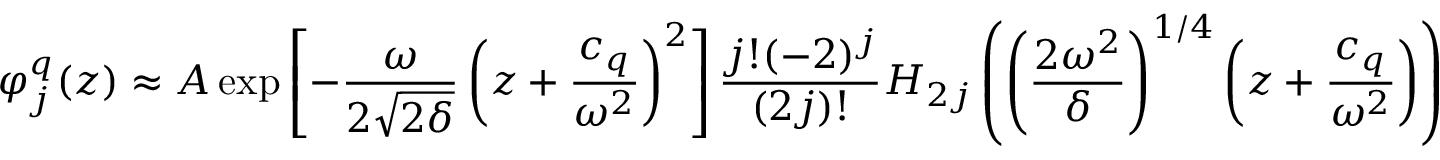
\varphi _ { j } ^ { q } ( z ) \approx A \exp \left[ - \frac { \omega } { 2 \sqrt { 2 \delta } } \left( z + \frac { c _ { q } } { \omega ^ { 2 } } \right) ^ { 2 } \right] \frac { j ! ( - 2 ) ^ { j } } { ( 2 j ) ! } H _ { 2 j } \left( \left( \frac { 2 \omega ^ { 2 } } { \delta } \right) ^ { 1 / 4 } \left( z + \frac { c _ { q } } { \omega ^ { 2 } } \right) \right)